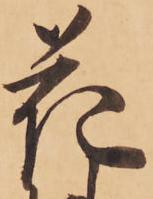
花